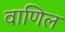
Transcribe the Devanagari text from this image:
वाणिल